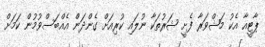
ޕާޓީއާ އެކު މަޝްވަރާ ފެށީ ޝަރުތަކާ ނުލައި ކުރިއަށް ގެންދަން އެއްބަސްވުމުން ކަމަށް